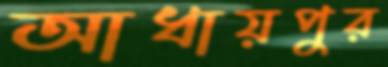
আধায়পুর